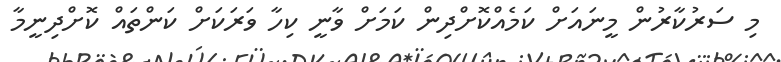
މި ސަރުކާރުން މީނައަށް ކަމެއްކޮށްދިން ކަމަށް ވާނީ ކިހާ ވަރަކަށް ކަންތައް ކޮށްދިނީމާ